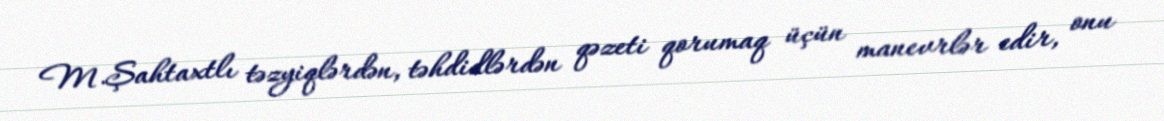
M.Şahtaxtlı təzyiqlərdən, təhdidlərdən qəzeti qorumaq üçün manevrlər edir, onu